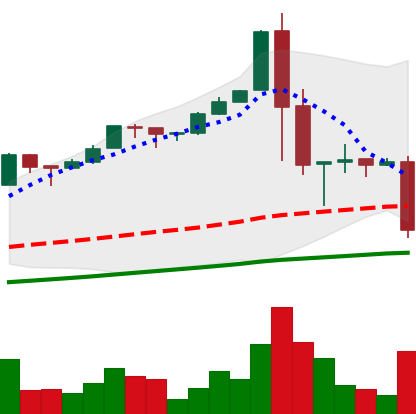
Ticker: BTC-USD
Chart end date: 2017-01-11
Forward return: 6.914%
Label: up_5_7